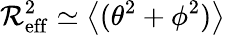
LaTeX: \mathcal{R}_{\mathrm{{eff}}}^{2}\simeq\left<(\theta^{2}+\phi^{2})\right>